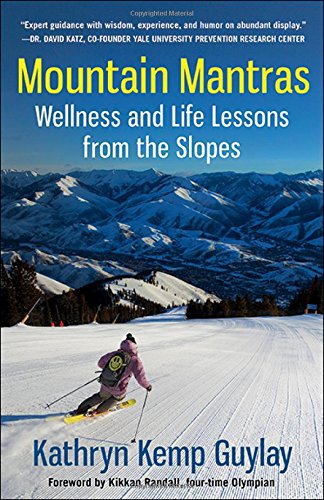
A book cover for Mountain Mantras: Wellness and Life Lessons from the Slopes; Kathryn Kemp Guylay; Sports & Outdoors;